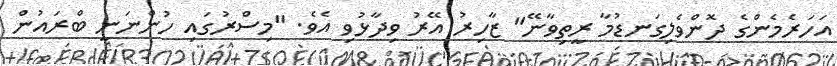
އަހަރެމެންގެ ދޮންވެލިގަނޑުމާ ރީތިވާނޭ" ޒާހިރު އޭރު ވިދާޅުވި އެވެ. "މިސްރުގައި ހުންނަނީ ބްރައުން